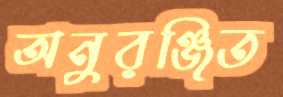
অনুরঞ্জিত